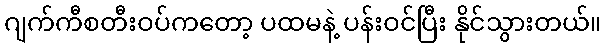
ဂျက်ကီစတီးဝပ်ကတော့ ပထမနဲ့ ပန်းဝင်ပြီး နိုင်သွားတယ်။